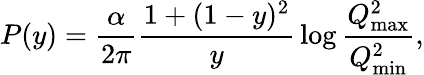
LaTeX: P(y)={\frac{\alpha}{2\pi}}{\frac{1+(1-y)^{2}}{y}}\log{\frac{Q_{\mathrm{max}}^{2}}{Q_{\mathrm{min}}^{2}}},